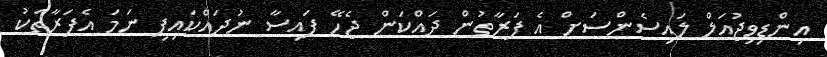
އިންޑިވިޖުއަލް ލައިސެންސަށް އެ ފަރާތުން ދައްކަން ޖެހޭ ފައިސާ ނުދައްކައިފި ނަމަ އެފަރާތަކު